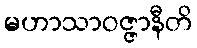
မဟာသာဝဇ္ဇာနီတိ